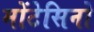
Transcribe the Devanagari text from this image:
मोंटेसिनो